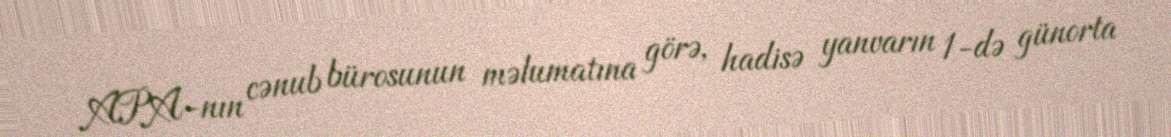
APA-nın cənub bürosunun məlumatına görə, hadisə yanvarın 1-də günorta